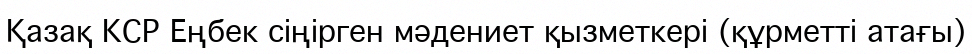
Қазақ КСР Еңбек сіңірген мәдениет қызметкері (құрметті атағы)